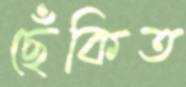
ছেঁকিত